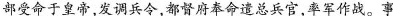
部受命于皇帝，发调兵令，都督府奉命遣总兵官，率军作战。事